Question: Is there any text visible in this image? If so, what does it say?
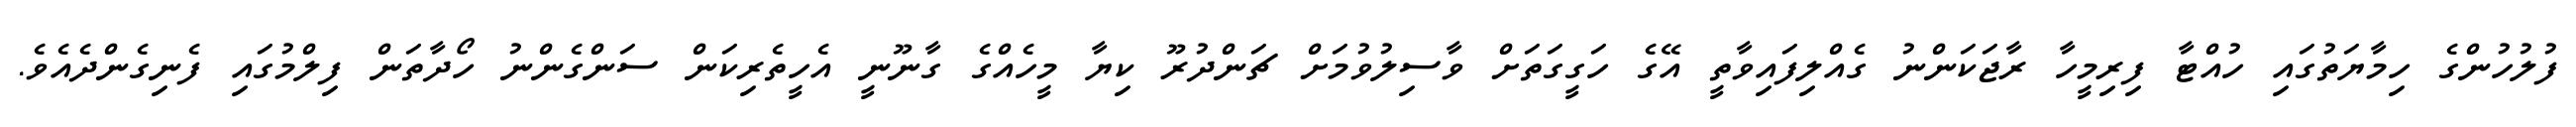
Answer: ފުލުހުންގެ ހިމާޔަތުގައި ހުއްޓާ ފިރިމީހާ ރާޖަކަންނު ގެއްލިފައިވާތީ އޭގެ ހަގީގަތަށް ވާސިލުވުމަށް ޗަންދުރޫ ކިޔާ މީހެއްގެ ގާނޫނީ އެހީތެރިކަން ސަންގެންނު ހޯދާތަން ފިލްމުގައި ފެނިގެންދެއެވެ.